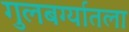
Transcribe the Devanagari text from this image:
गुलबर्ग्यातला